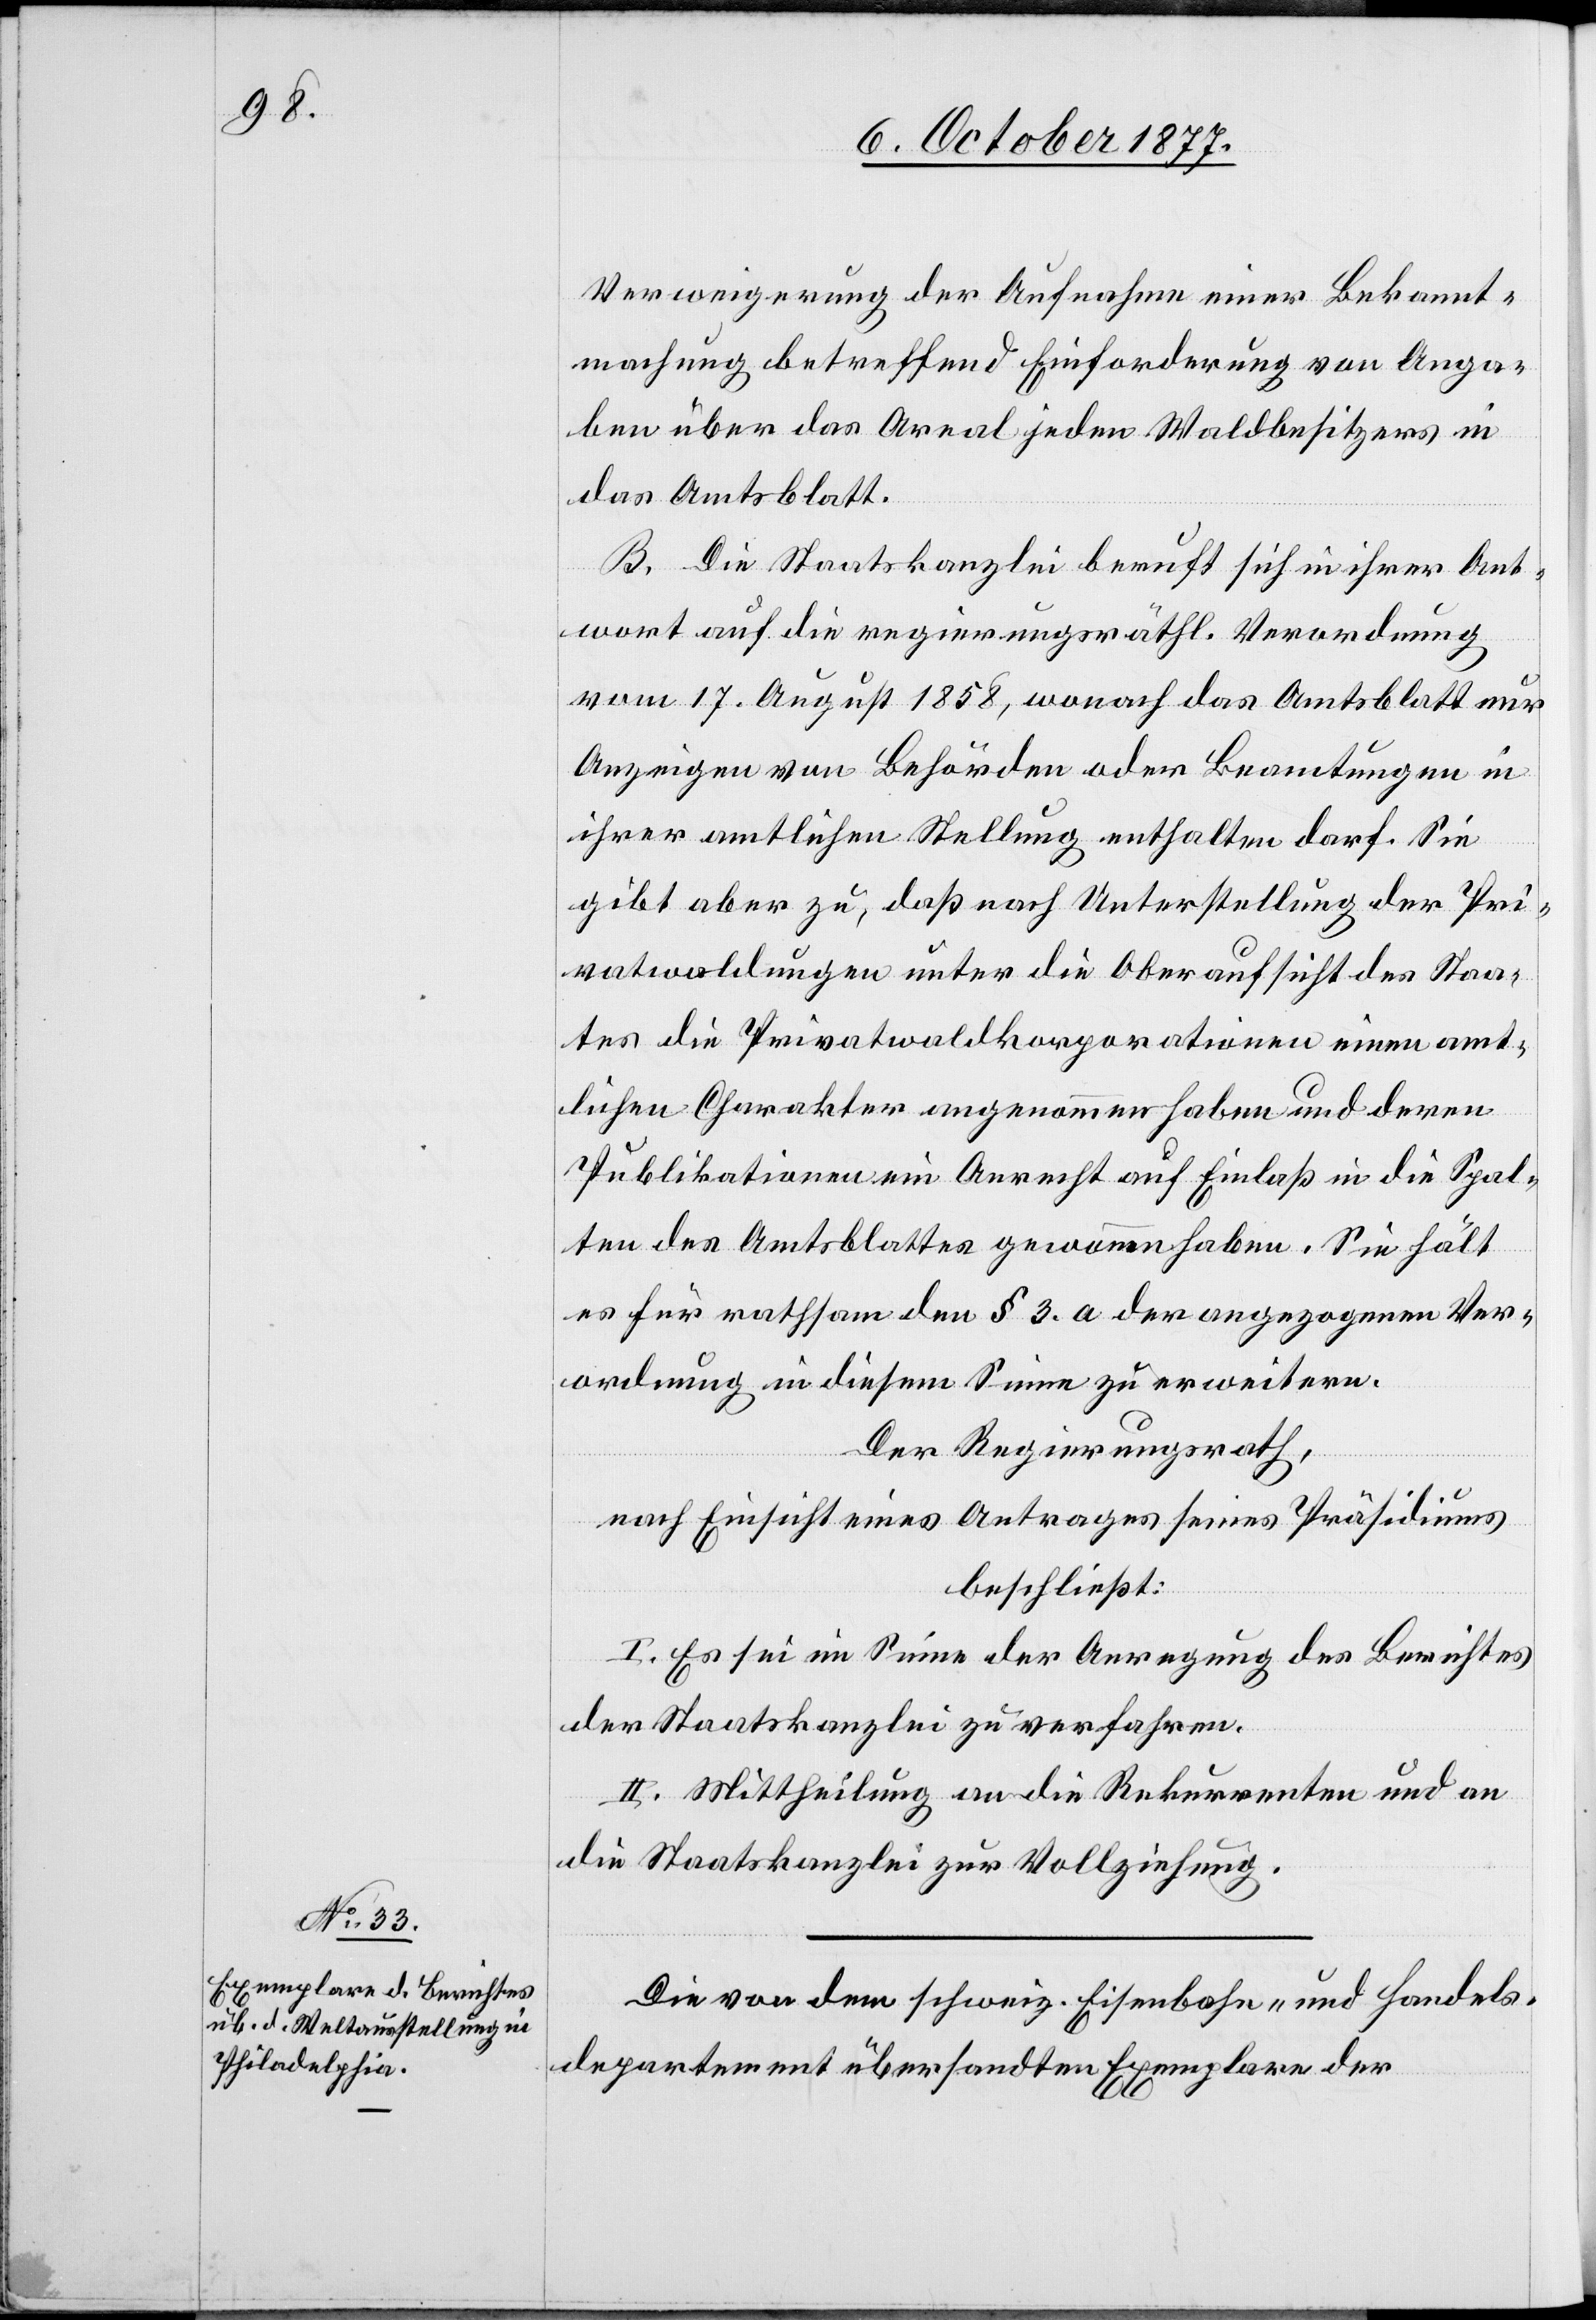
Verweigerung der Aufnahme einer Bekannt¬
machung betreffend Einforderung von Anga¬
ben über das Areal jeden Waldbesitzers in
das Amtsblatt.
B. Die Staatskanzlei beruft sich in ihrer Ant¬
wort auf die regierungsräthl. Verordnung
vom 17. August 1858, wonach das Amtsblatt nur
Anzeigen von Behörden oder Beamtungen in
ihrer amtlichen Stellung enthalten darf. Sie
gibt aber zu, daß nach Unterstellung der Pri¬
vatwaldungen unter die Oberaufsicht des Staa¬
tes die Privatwaldkorporationen einen amt¬
lichen Charakter angenommen haben und deren
Publikationen ein Anrecht auf Einlaß in die Spal¬
ten des Amtsblattes gewonnen haben. Sie hält
es für rathsam den § 3. a der angezogenen Ver¬
ordnung in diesem Sinne zu erweitern.
Der Regierungsrath,
nach Einsicht eines Antrages seines Präsidiums
beschließt:
I. Es sei im Sinne der Anregung des Berichtes
der Staatskanzlei zu verfahren.
II. Mittheilung an die Rekurrenten und an
die Staatskanzlei zur Vollziehung.
Die von dem schweiz. Eisenbahn- und Handels¬
departement übersandten Exemplare der